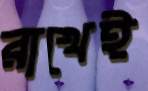
রাখেই